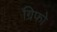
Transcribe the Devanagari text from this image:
ग्रिफो